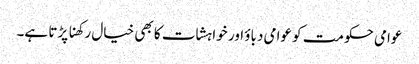
عوامی حکومت کو عوامی دباؤ اور خواہشات کا بھی خیال رکھنا پڑتا ہے۔